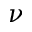
\nu